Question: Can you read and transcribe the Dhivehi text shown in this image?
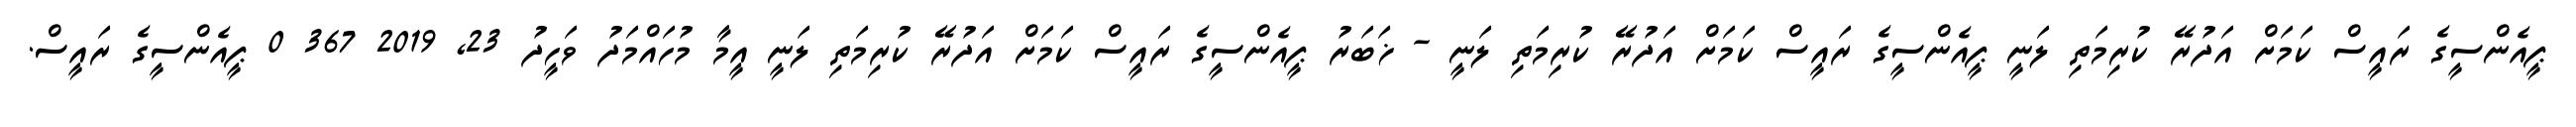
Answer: ޕީއެންސީގެ ރައީސް ކަމަށް އަދުރޭ ކުރިމަތި ލަނީ ޕީއެންސީގެ ރައީސް ކަމަށް އަދުރޭ ކުރިމަތި ލަނީ - ޚަބަރު ޕީއެންސީގެ ރައީސް ކަމަށް އަދުރޭ ކުރިމަތި ލަނީ އީމާ މުހައްމަދު ވަހީދު 23, 2019 367 0 ޕީއެންސީގެ ރައީސް.